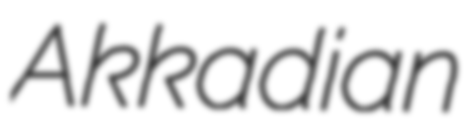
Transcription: Akkadian